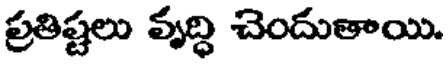
ప్రతిష్టలు వృద్ధి చెందుతాయి.